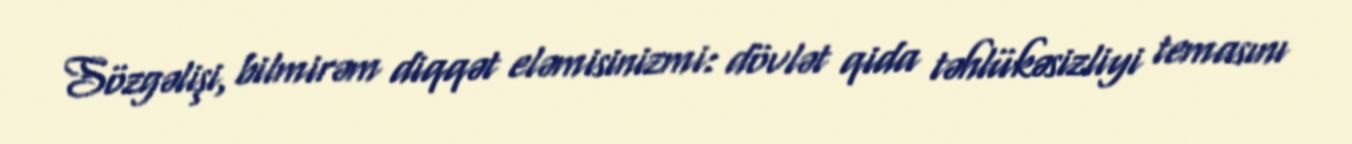
Sözgəlişi, bilmirəm diqqət eləmisinizmi: dövlət qida təhlükəsizliyi temasını